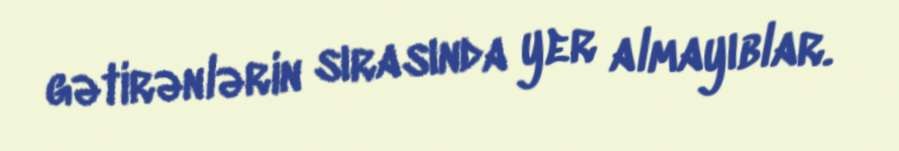
gətirənlərin sırasında yer almayıblar.